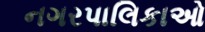
નગરપાલિકાઓ